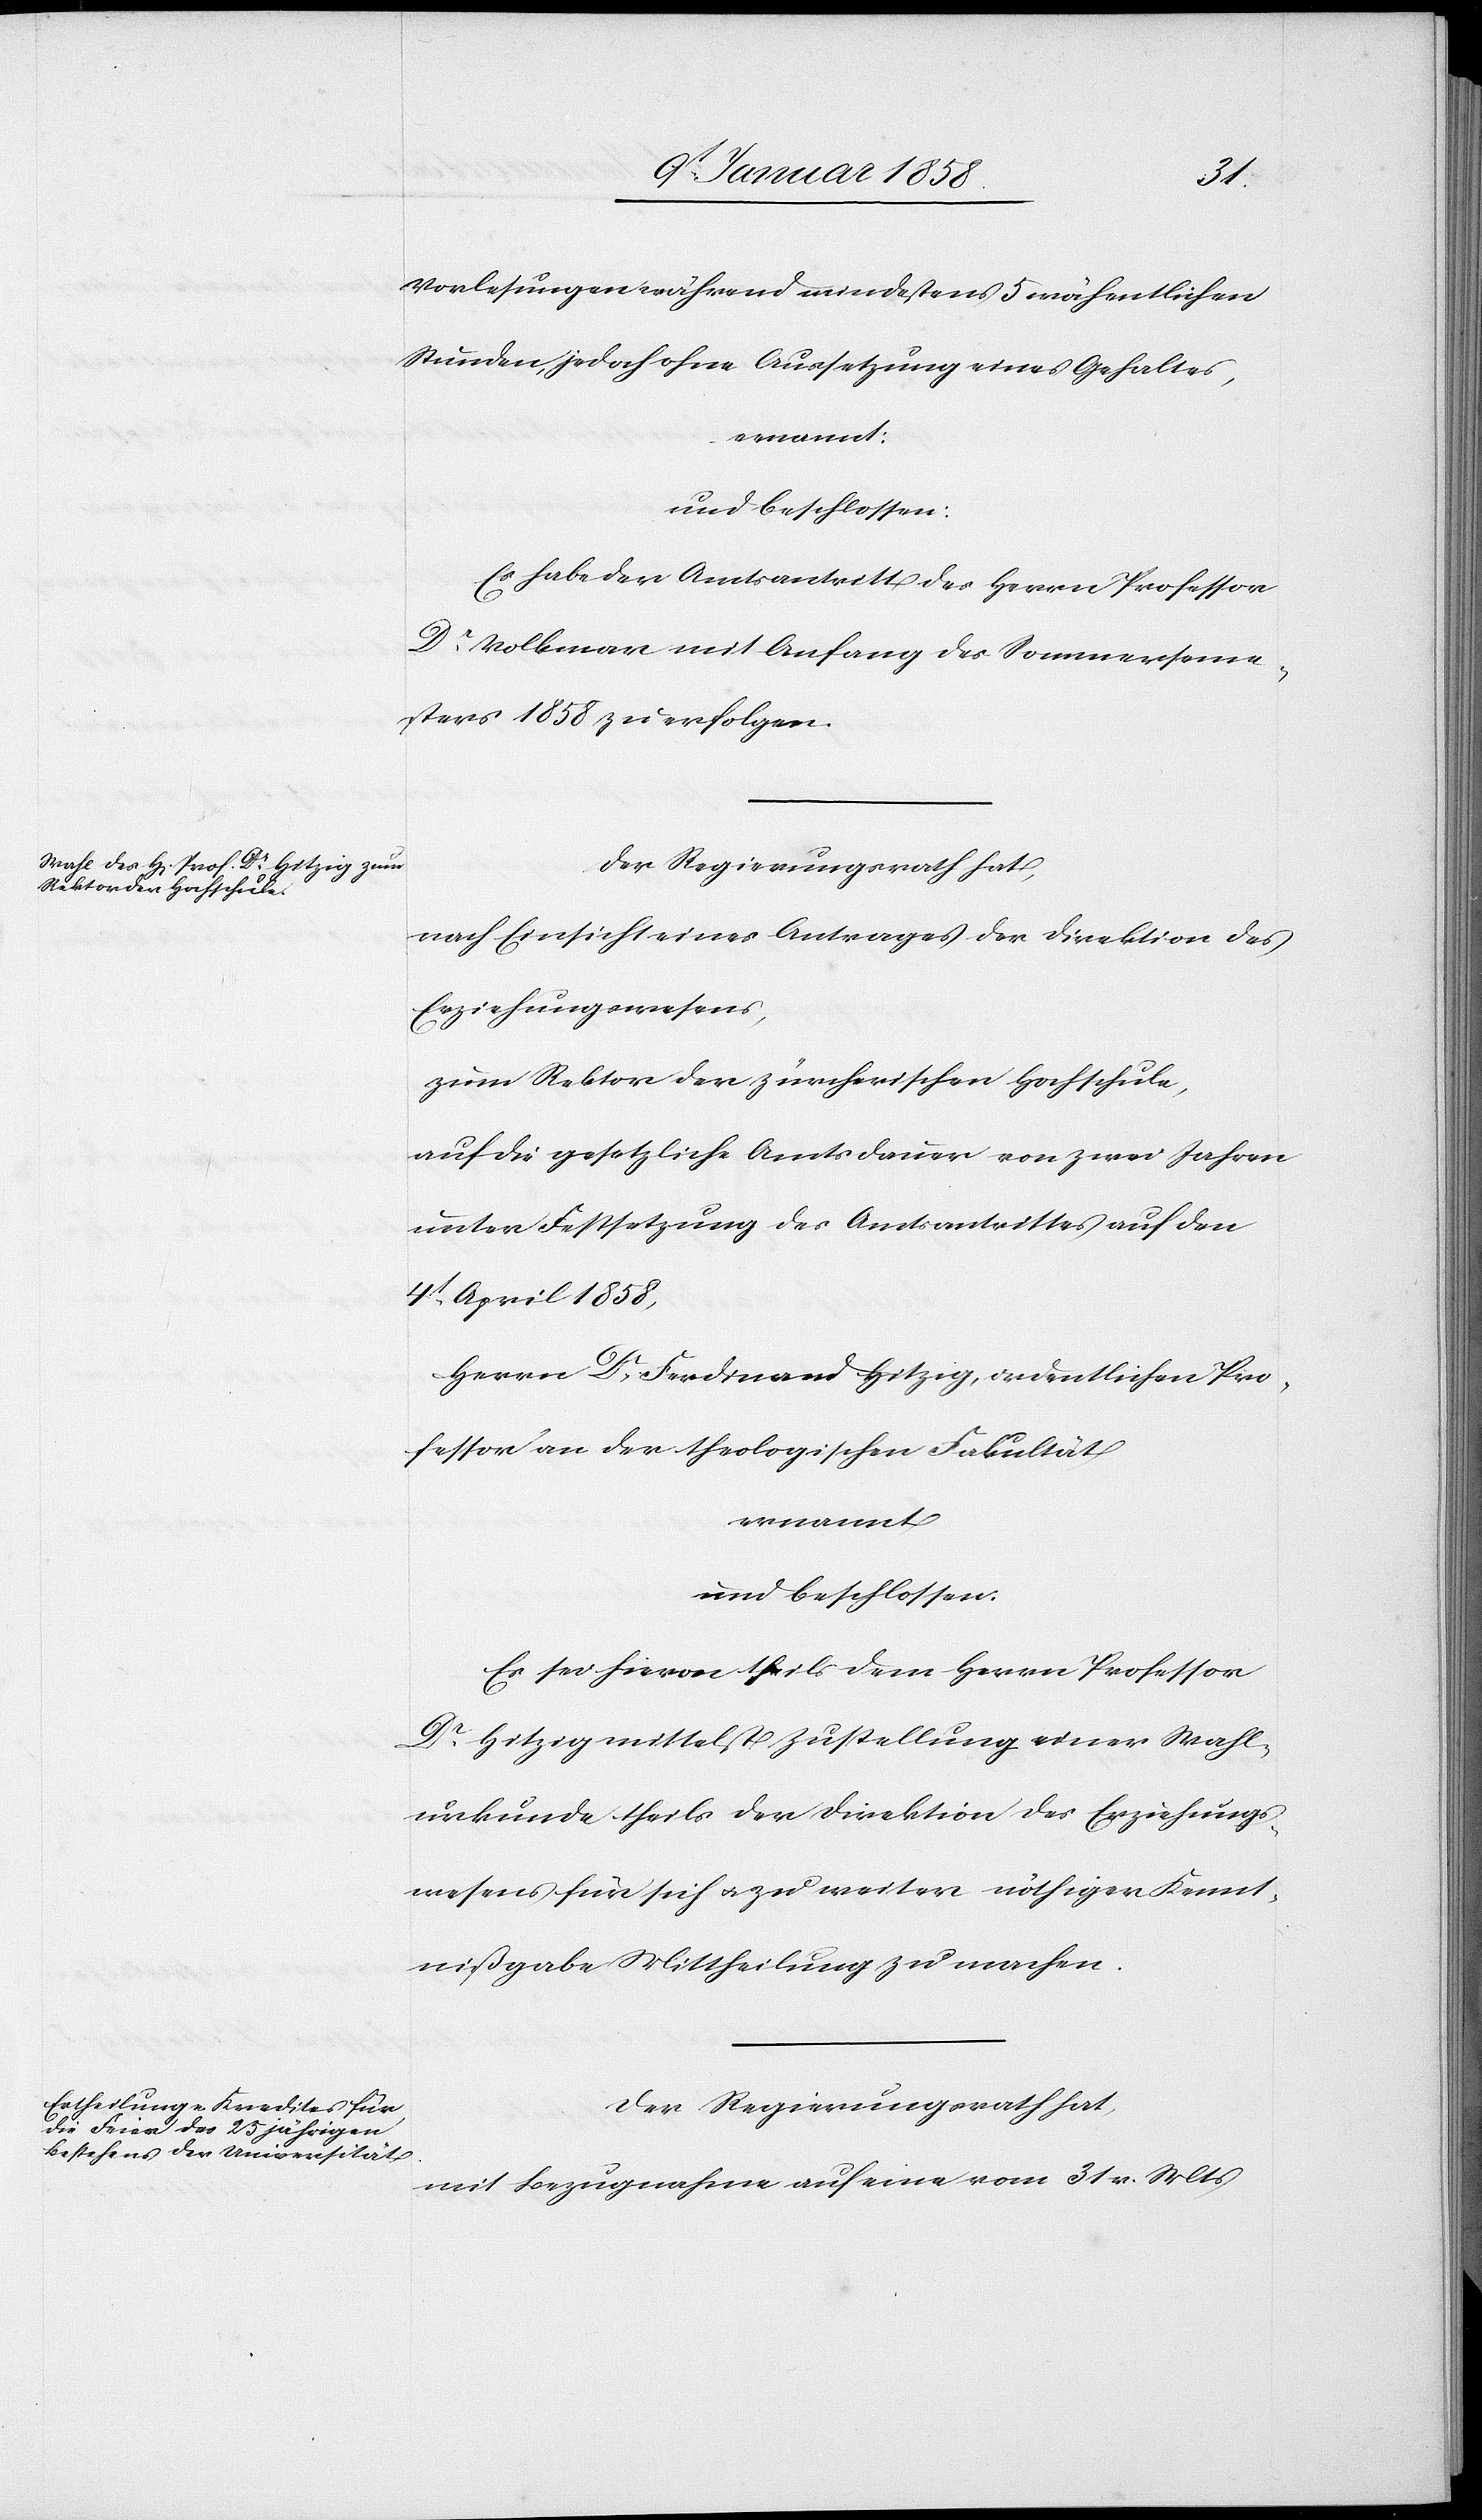
Vorlesungen während mindestens 5 wöchentlichen
Stunden, jedoch ohne Aussetzung eines Gehaltes,
ernannt
und beschlossen:
Es habe der Amtsantritt des Herrn Professor
Dr. Volkmar mit Anfang des Sommerseme¬
sters 1858 zu erfolgen.
Der Regierungsrath hat,
nach Einsicht eines Antrages der Direktion des
Erziehungswesens,
zum Rektor der zürcherischen Hochschule,
auf die gesetzliche Amtsdauer von zwei Jahren
unter Festsetzung des Amtsantrittes auf den
4t. April 1858,
Herrn Dr. Ferdinand Hitzig, ordentlichen Pro¬
fessor an der theologischen Fakultät
ernannt
und beschlossen:
Es sei hievon theils dem Herrn Professor
Dr. Hitzig mittelst Zustellung einer Wahl¬
urkunde theils der Direktion des Erziehungs¬
wesens für sich u. zu weiter nöthiger Kennt¬
nißgabe Mittheilung zu machen.
Der Regierungsrath hat,
mit Bezugnahme auf eine vom 31 v. Mts